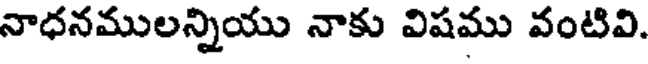
నాధనములన్నియు నాకు విషము వంటివి.